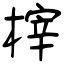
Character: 榟